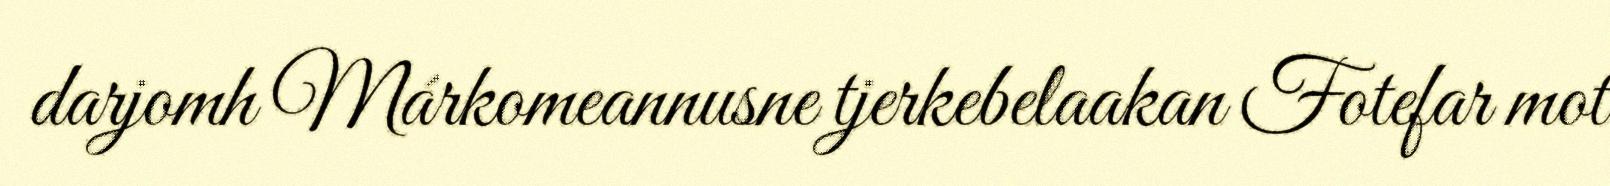
darjomh Márkomeannusne tjerkebelaakan Fotefar mot